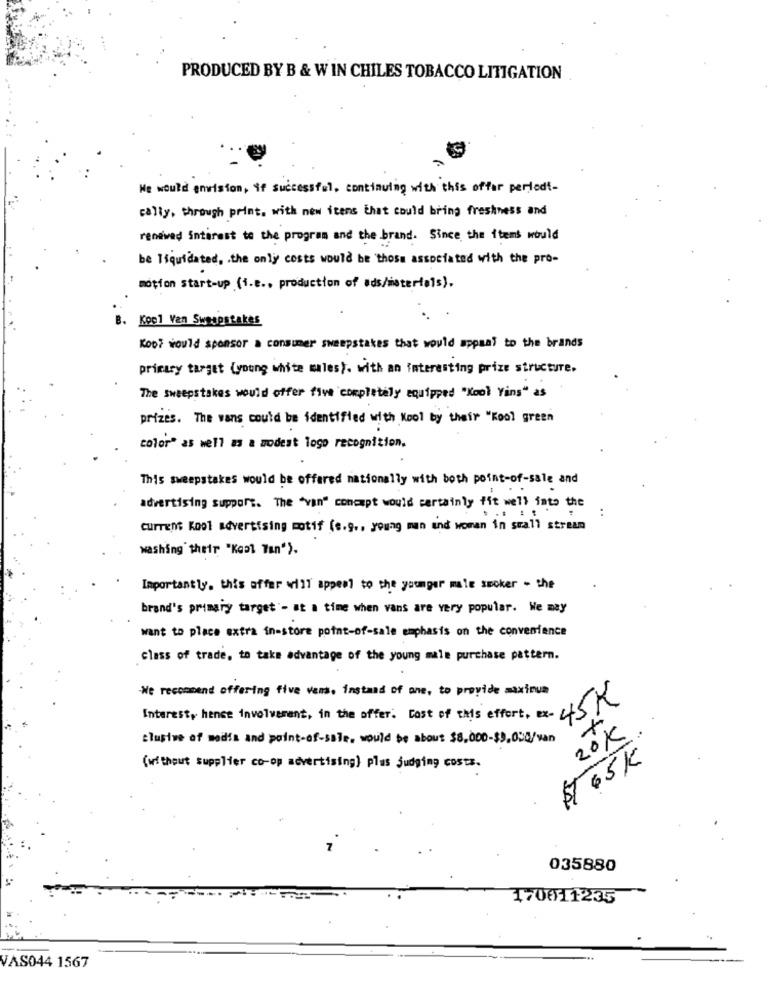
PRODUCED BY B & W IN CHILES TOBACCO LITIGATION
We would envision, if Successful. continuing with this offer periodt-
cally. through print. with new items that could bring freshness and
renewed Interest to the program and the brand. Since the items would
be liquidated, . the only costs would be those associated with the pro-
motion start-up (i.e ., production of ads/materials).
B. Kop1 Ven Sweepstakes
Koo? would sponsor a consumer sweepstakes that would appaal to the brands
primary target (young white males). with an interesting prize structure .
The Sweepstakes would offer five completely equipped "Kool Yins" as
prizes. The wans could be identified with Kool by their "Kool green
color" as well as a modest logo recognition.
This sweepstakes would be offered nationally with both point-of-sale and
advertising support. The "van" concept would certainly fit well into the
..
Current Kool advertising motif (s.g ., young man and woman in small stream
washing their "Kept Tan").
Importantly. this offer will appeal to the younger male smoker - the
brand's primary target'- at a time when vans are very popular. We may
want to place extra in-store point-of-sale emphasis on the convenience
class of trade, to take advantage of the young male purchase pattern.
We recommend offering five vers, instand of one, to provide maximum
Interest, hence involvement, in the offer. Cost of this effort, ex- 4
20K.
clusive of media and point-of-sale. would be about $8,000-$9,000/van
$ 65K
(without supplier co-op advertising] plus judging costs.
035880
170011235
VAS044 1567